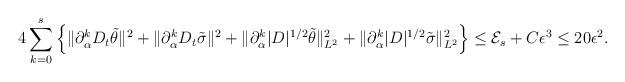
LaTeX: \begin{align*} 4\sum_{k=0}^s \Big\{\|\partial_{\alpha}^kD_t\tilde{\theta}\|^2+\|\partial_{\alpha}^k D_t\tilde{\sigma}\|^2 +\|\partial_{\alpha}^k|D|^{1/2}\tilde{\theta}\|_{L^2}^2+\|\partial_{\alpha}^k|D|^{1/2}\tilde{\sigma}\|_{L^2}^2\Big\}\leq \mathcal{E}_s+C\epsilon^3\leq 20\epsilon^2.\end{align*}